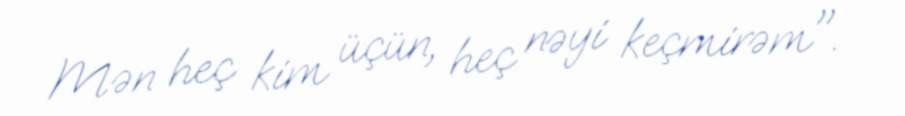
Mən heç kim üçün, heç nəyi keçmirəm".